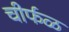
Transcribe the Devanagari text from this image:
चीर्फळ